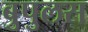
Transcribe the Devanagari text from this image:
बुपुलस